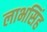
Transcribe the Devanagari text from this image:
लाभसिंह